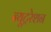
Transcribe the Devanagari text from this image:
न्यूट्ररेशन